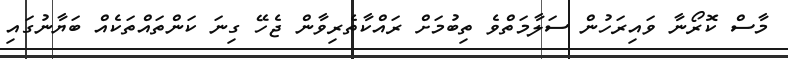
މާސް ކޮރޯނާ ވައިރަހުން ސަލާމަތްވެ ތިބުމަށް ރައްކާތެރިވާން ޖެހޭ ގިނަ ކަންތައްތަކެއް ބަޔާނުގައި